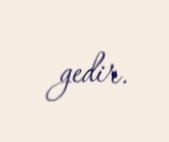
gedir.